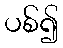
ပစ်၍